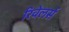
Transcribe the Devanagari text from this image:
रिवेलर्स